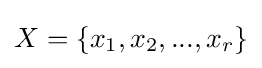
X=\{x_{1},x_{2},...,x_{r}\}